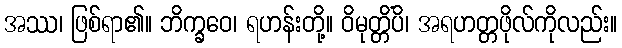
အဿ၊ ဖြစ်ရာ၏။ ဘိက္ခဝေ၊ ရဟန်းတို့။ ဝိမုတ္တိံပိ၊ အရဟတ္တဖိုလ်ကိုလည်း။